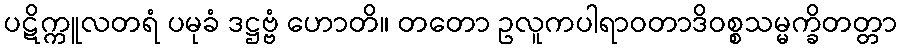
ပဋိက္ကူလတရံ ပမုခံ ဒဋ္ဌဗ္ဗံ ဟောတိ။ တတော ဥလူကပါရာဝတာဒိဝစ္စသမ္မက္ခိတတ္တာ